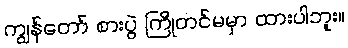
ကျွန်တော် စားပွဲ ကြိုတင်မမှာ ထားပါဘူး။